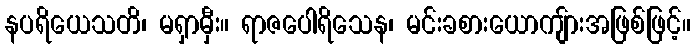
နပရိယေသတိ၊ မရှာမှီး။ ရာဇပေါရိသေန၊ မင်းခစားယောကျ်ားအဖြစ်ဖြင့်။